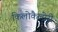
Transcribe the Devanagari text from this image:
किलोकैलोरी